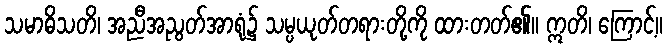
သမာဓိသတိ၊ အညီအညွတ်အာရုံ၌ သမ္ပယုတ်တရားတို့ကို ထားတတ်၏။ ဣတိ၊ ကြောင့်။